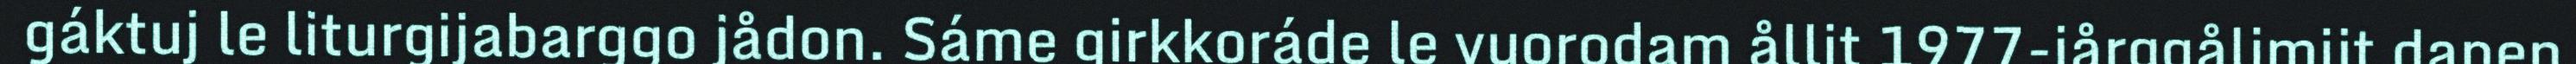
gáktuj le liturgijabarggo jådon. Sáme girkkoráde le vuorodam ållit 1977-jårggålimijt danen